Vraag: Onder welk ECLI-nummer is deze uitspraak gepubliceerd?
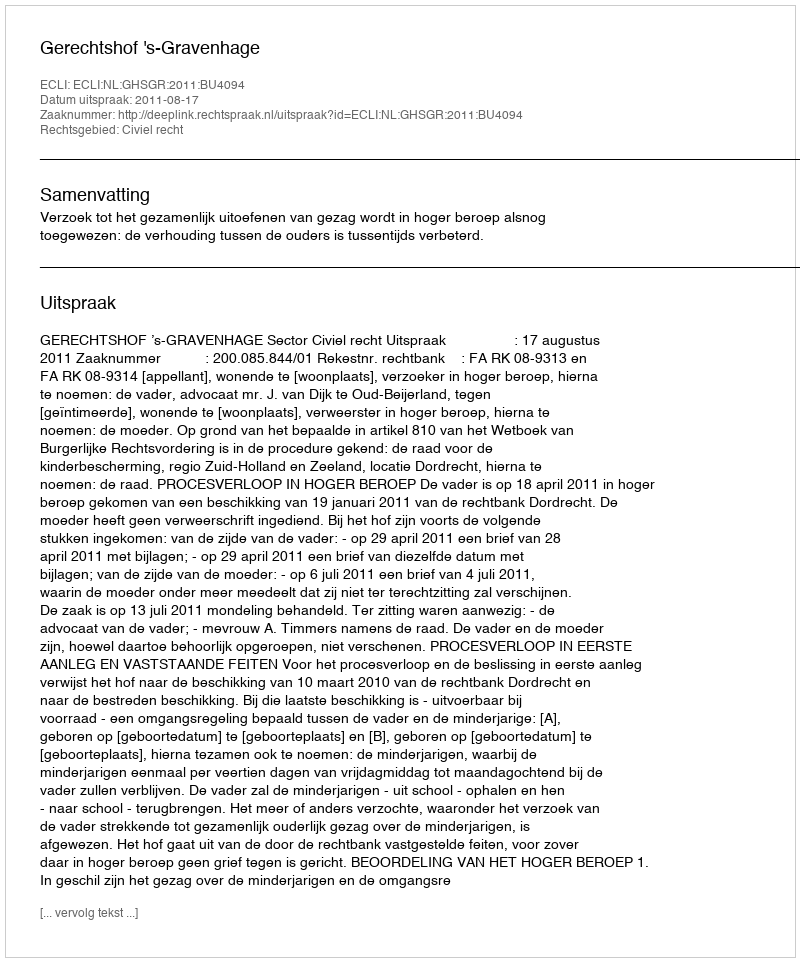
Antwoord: ECLI:NL:GHSGR:2011:BU4094